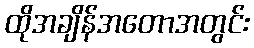
ထိုအချိန်အတောအတွင်း